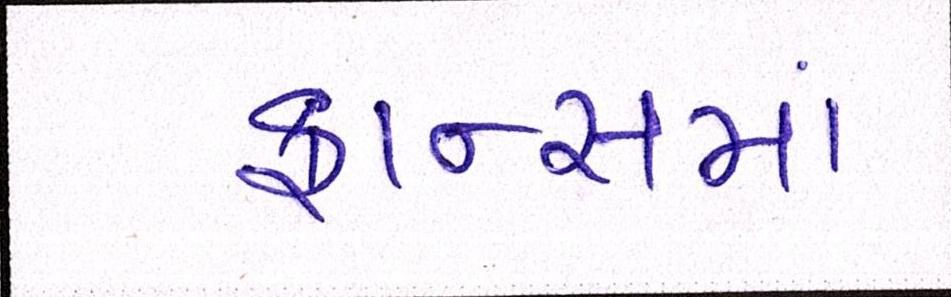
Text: ફ્રાન્સમાં